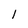
Character: 1